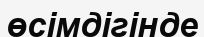
өсімдігінде